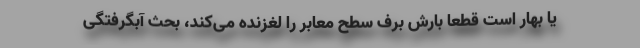
یا بهار است قطعا بارش برف سطح معابر را لغزنده می‌کند، بحث آبگرفتگی